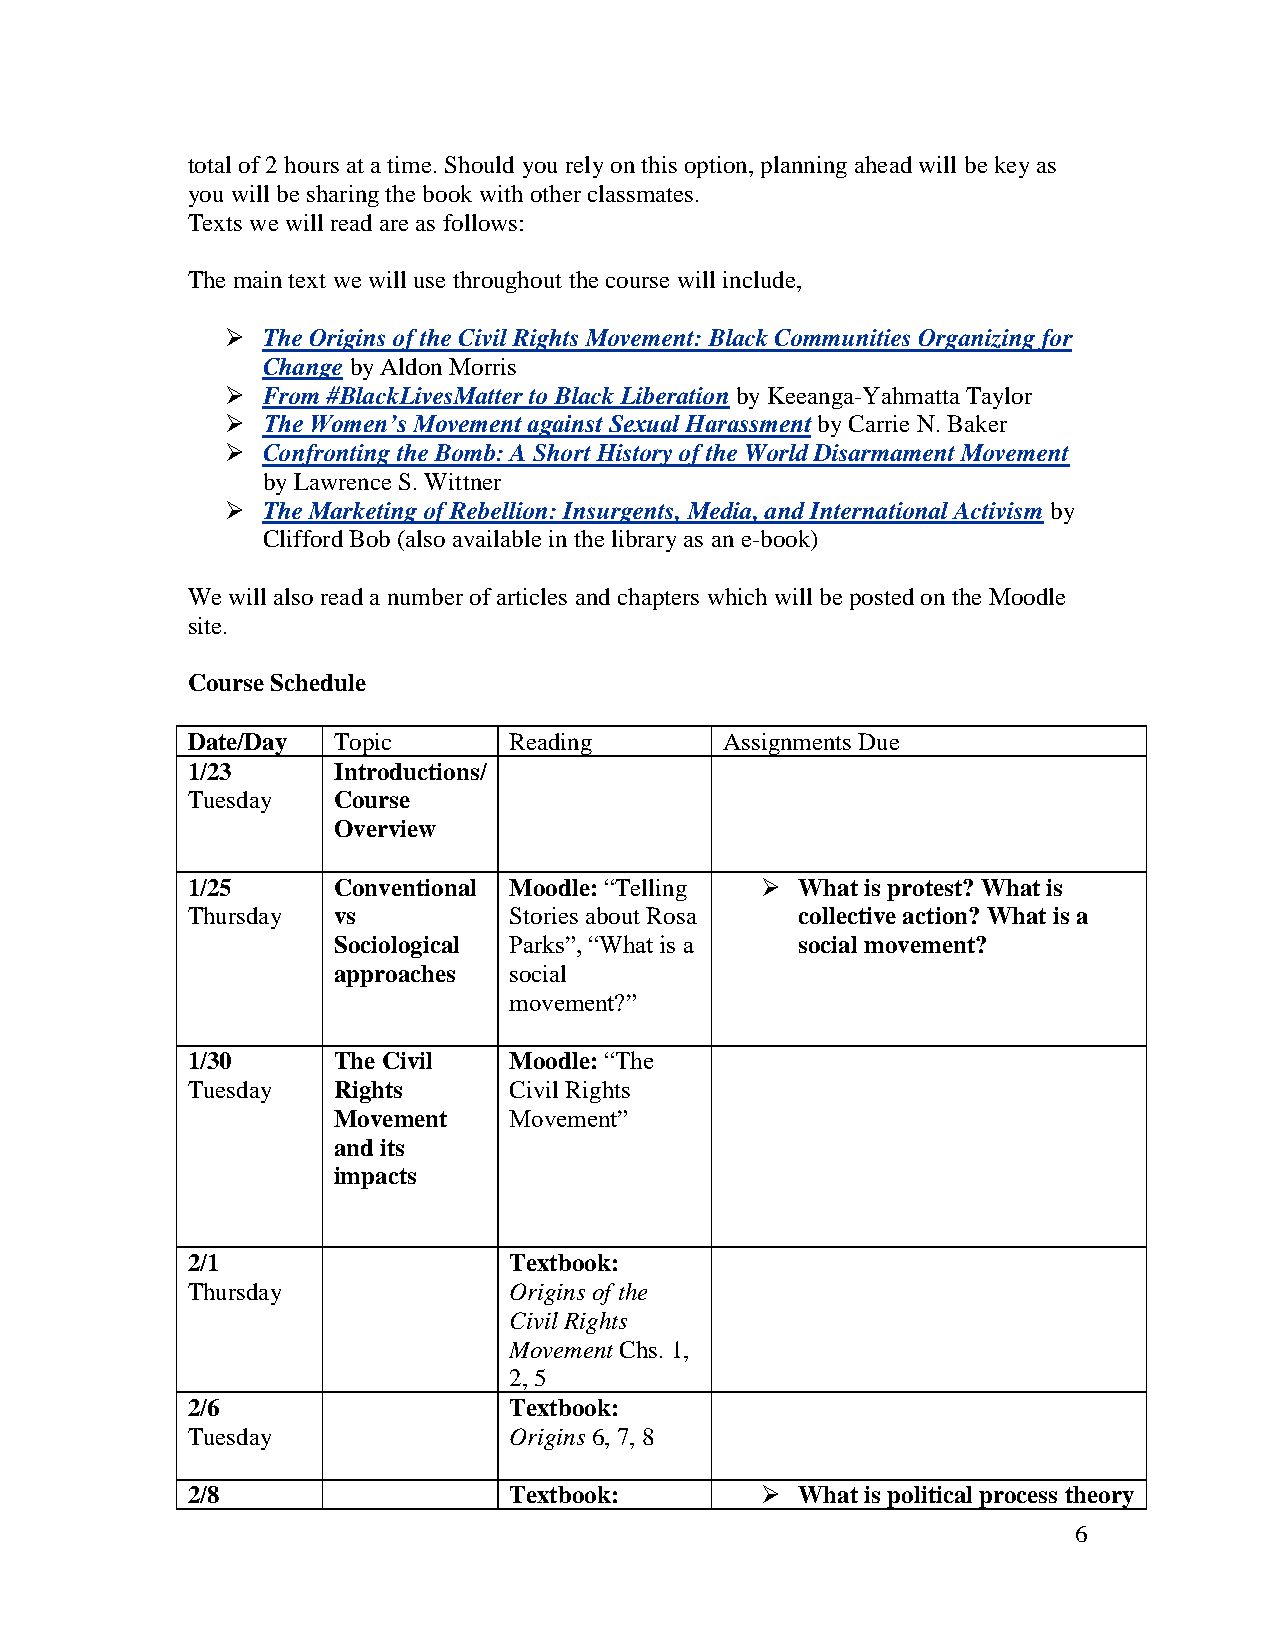
total of 2 hours at a time. Should you rely on this option, planning ahead will be key as
 you will be sharing the book with other classmates.
 Texts we will read are as follows:
 The main text we will use throughout the course will include,
 ➢ The Origins of the Civil Rights Movement: Black Communities Organizing for
 Change by Aldon Morris
 ➢ From #BlackLivesMatter to Black Liberation by Keeanga-Yahmatta Taylor
 ➢ The Women’s Movement against Sexual Harassment by Carrie N. Baker
 ➢ Confronting the Bomb: A Short History of the World Disarmament Movement
 by Lawrence S. Wittner
 ➢ The Marketing of Rebellion: Insurgents, Media, and International Activism by
 Clifford Bob (also available in the library as an e-book)
 We will also read a number of articles and chapters which will be posted on the Moodle
 site.
 Course Schedule
 Date/Day  Topic       Reading       Assignments Due
 1/23      Introductions/
 Tuesday   Course
 Overview
 1/25      Conventional Moodle: “Telling ➢ What is protest? What is
 Thursday  vs          Stories about Rosa collective action? What is a
 Sociological Parks”, “What is a social movement?
 approaches  social
 movement?”
 1/30      The Civil   Moodle: “The
 Tuesday   Rights      Civil Rights
 Movement    Movement”
 and its
 impacts
 2/1                   Textbook:
 Thursday              Origins of the
 Civil Rights
 Movement Chs. 1,
 2, 5
 2/6                   Textbook:
 Tuesday               Origins 6, 7, 8
 2/8                   Textbook:       ➢  What is political process theory
 6